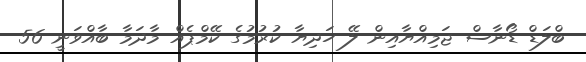
ބްލަޑް ޑޯނާސް ޖަމިއްޔާއިން ލޭ ހަދިޔާ ކުރުމުގެ ކޭމްޕެއް މާދަމާ ބާއްވަނީ 56